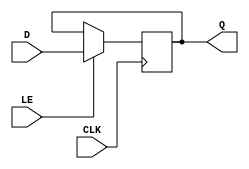
module d_latch(
    input D,
    input LE,
    input CLK,
    output reg Q
);

always @(posedge CLK)
begin
    if (LE)
        Q <= D;
end

endmodule